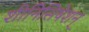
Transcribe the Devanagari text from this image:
शीनिसिषेशन्